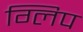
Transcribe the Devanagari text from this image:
ग्लिप